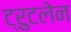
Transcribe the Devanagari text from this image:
ट्रुटलेन